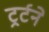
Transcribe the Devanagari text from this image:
ट्रर्टने